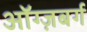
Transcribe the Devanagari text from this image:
ऑग्ज़बर्ग